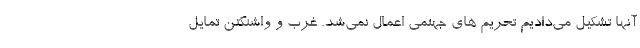
آنها تشکیل می‌دادیم تحریم های جهنمی اعمال نمی‌شد. غرب و واشنگتن تمایل